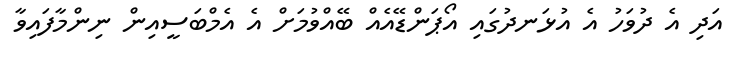
އަދި އެ ދުވަހު އެ އުޅަނދުގައި އޯޕަންޑޭއެއް ބޭއްވުމަށް އެ އެމްބަސީއިން ނިންމާފައިވާ